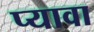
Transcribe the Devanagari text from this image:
प्यावा